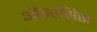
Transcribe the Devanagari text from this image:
ऑनासिस